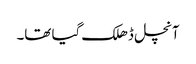
آنچل ڈھلک گیا تھا۔